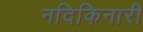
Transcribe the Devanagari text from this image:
नदिकिनारी